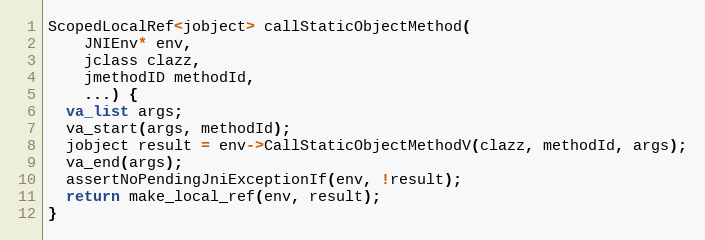
Language: C++
ScopedLocalRef<jobject> callStaticObjectMethod(
    JNIEnv* env,
    jclass clazz,
    jmethodID methodId,
    ...) {
  va_list args;
  va_start(args, methodId);
  jobject result = env->CallStaticObjectMethodV(clazz, methodId, args);
  va_end(args);
  assertNoPendingJniExceptionIf(env, !result);
  return make_local_ref(env, result);
}